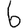
Digit: 6